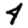
Digit: 4